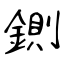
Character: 鍘